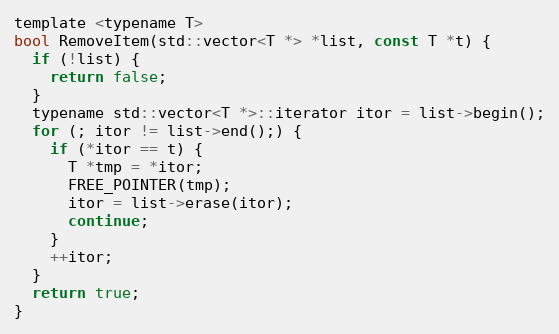
Language: C
template <typename T>
bool RemoveItem(std::vector<T *> *list, const T *t) {
  if (!list) {
    return false;
  }
  typename std::vector<T *>::iterator itor = list->begin();
  for (; itor != list->end();) {
    if (*itor == t) {
      T *tmp = *itor;
      FREE_POINTER(tmp);
      itor = list->erase(itor);
      continue;
    }
    ++itor;
  }
  return true;
}